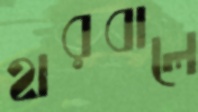
হারবালে